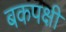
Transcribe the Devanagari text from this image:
बकपक्षी